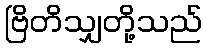
ဗြိတိသျှတို့သည်